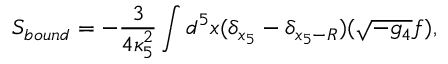
S _ { b o u n d } = - \frac { 3 } { 4 \kappa _ { 5 } ^ { 2 } } \int d ^ { 5 } x ( \delta _ { x _ { 5 } } - \delta _ { x _ { 5 } - R } ) ( \sqrt { - g _ { 4 } } f ) ,